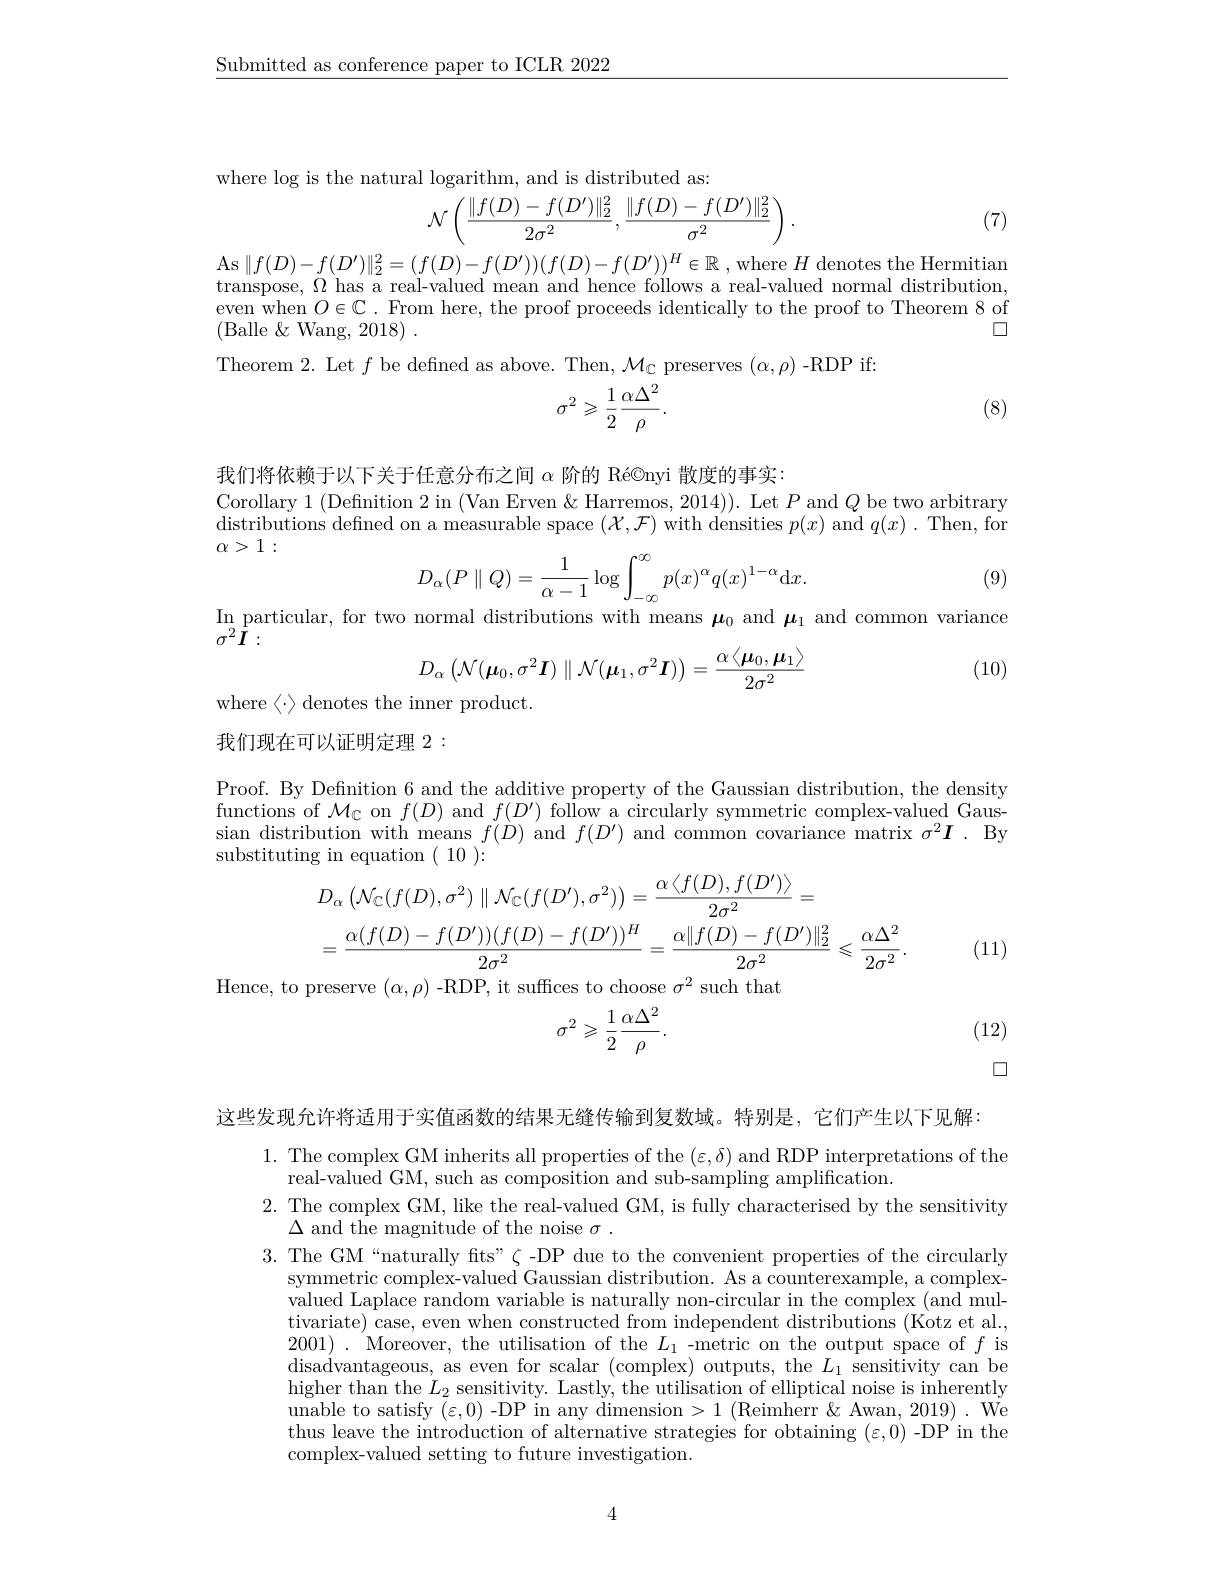
$\underline{\text{Submitted as conference paper to ICLR 2022}}$

where log is the natural logarithm, and is distributed as:
$$\mathcal{N}\left(\frac{\|f(D)-f(D')\|_2^2}{2\sigma^2},\frac{\|f(D)-f(D')\|_2^2}{\sigma^2}\right).$$
(7)

As$\|f(D)-f(D^{\prime})\|_{2}^{2}=(f(D)-f(D^{\prime}))(f(D)-f(D^{\prime}))^{H}\in\mathbb{R}$ , where $H$ denotes the Hermitian transpose, $\Omega$ has a real-valued mean and hence follows a real-valued normal distribution, even when $O\in\mathbb{C}.$ From here, the proof proceeds identically to the proof to Theorem 8 of
$\square$
(Balle &Wang, 2018)~.
Theorem 2. Let $f$ be defined as above. Then, $\mathcal{M}_{\mathbb{C}}$ preserves $(\alpha,\rho)$-RDP if:

(8)
$$\sigma^2\geqslant\frac{1}{2}\frac{\alpha\Delta^2}{\rho}.$$
我们将依赖于以下关于任意分布之间$\alpha$阶的 Ré©nyi 散度的事实：
Corollary 1 (Definition 2 in (Van Erven &Harremos, 2014)). Let $P$ and $Q$ be two arbitrary $\operatorname*{distributions~defined~on~a~measurable~space~}(\mathcal{X},\mathcal{F})$ with densities $p(x)$ and $q(x).$ Then, for $\alpha>1:$
$$D_\alpha(P\parallel Q)=\frac{1}{\alpha-1}\log\int_{-\infty}^{\infty}p(x)^\alpha q(x)^{1-\alpha}\mathrm{d}x.$$
(9)

$\operatorname{In}_{2}$particular, for two normal distributions with means $\boldsymbol\mu_0$ and $\boldsymbol\mu_1$ and common variance
$\sigma^{2}\tilde{I}:$
$$D_\alpha\left(\mathcal{N}(\boldsymbol{\mu}_0,\sigma^2\boldsymbol{I})\parallel\mathcal{N}(\boldsymbol{\mu}_1,\sigma^2\boldsymbol{I})\right)=\frac{\alpha\left\langle\boldsymbol{\mu}_0,\boldsymbol{\mu}_1\right\rangle}{2\sigma^2}$$
(10)

where$\left\langle\cdot\right\rangle$denotes the inner product.
我们现在可以证明定理 2 :

Proof. By Definition 6 and the additive property of the Gaussian distribution, the density functions of $\mathcal{M}_{\mathbb{C}}$ on $f(D)$ and $f(D^{\prime})$ follow a circularly symmetric complex-valued Gaussian distribution with means $f(D)$ and $f(D^{\prime})$ and common covariance matrix $\sigma^2\boldsymbol{I}.$ By substituting in equation $(\begin{array}{c}{10}\end{array})\colon$
$$\begin{aligned}&D_{\alpha}\left(\mathcal{N}_{\mathbb{C}}(f(D),\sigma^{2})\parallel\mathcal{N}_{\mathbb{C}}(f(D^{\prime}),\sigma^{2})\right)=\frac{\alpha\left\langle f(D),f(D^{\prime})\right\rangle}{2\sigma^{2}}=\\&=\frac{\alpha(f(D)-f(D^{\prime}))(f(D)-f(D^{\prime}))^{H}}{2\sigma^{2}}=\frac{\alpha\|f(D)-f(D^{\prime})\|_{2}^{2}}{2\sigma^{2}}\leqslant\frac{\alpha\Delta^{2}}{2\sigma^{2}}.\end{aligned}$$
Hence, to preserve $(\alpha,\rho)$ -RDP, it suffices to choose $\sigma^2$ such that

(11)
$$\sigma^2\geqslant\frac{1}{2}\frac{\alpha\Delta^2}{\rho}.$$
(12)

口

这些发现允许将适用于实值函数的结果无缝传输到复数域。特别是，它们产生以下见解：

1. The complex GM inherits all properties of the $(\varepsilon,\delta)$ and RDP interpretations of the
real-valued GM, such as composition and sub-sampling amplification.
2. The complex GM, like the real-valued GM, is fully characterised by the sensitivity
$\Delta$ and the magnitude of the noise $\sigma.$
3. The GM“naturally fts”$\zeta$-DP due to the convenient properties of the circularly
symmetric complex-valued Gaussian distribution. As a counterexample, a complexvalued Laplace random variable is naturally non-circular in the complex (and multivariate) case, even when constructed from independent distributions (Kotz et al., 2001) . Moreover, the utilisation of the $L_1$ -metric on the output space of $f$ is disadvantageous, as even for scalar (complex) outputs, the $L_1$ sensitivity can be higher than the $L_2$ sensitivity. Lastly, the utilisation of elliptical noise is inherently unable to satisfy $\tilde(\varepsilon,0)$ -DP in any dimension >1 (Reimherr&Awan,2019). We thus leave the introduction of alternative strategies for obtaining $(\varepsilon,0)$ -DP'in the complex-valued setting to future investigation.

4